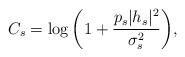
LaTeX: \begin{align*}C_{s} = \log \bigg(1+ \frac{p_{s}|h_{s}|^{2}}{\sigma_{s}^{2}}\bigg),\end{align*}